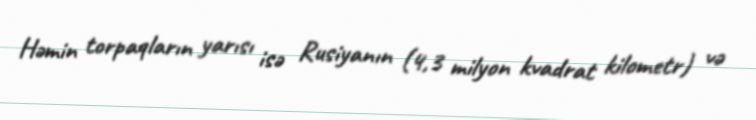
Həmin torpaqların yarısı isə Rusiyanın (4,3 milyon kvadrat kilometr) və